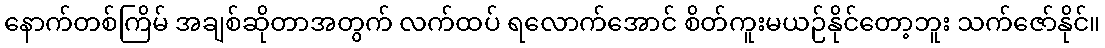
နောက်တစ်ကြိမ် အချစ်ဆိုတာအတွက် လက်ထပ် ရလောက်အောင် စိတ်ကူးမယဉ်နိုင်တော့ဘူး သက်ဇော်နိုင်။